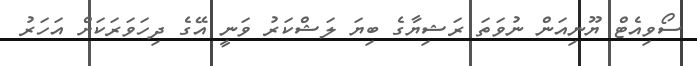
ސޯވިއެޓް ޔޫނިއަން ނުވަތަ ރަޝިޔާގެ ބިޔަ ލަޝްކަރު ވަނީ އޭގެ ދިހަވަރަކަށް އަހަރު